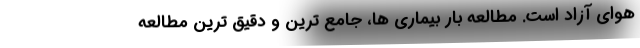
هوای آزاد است. مطالعه بار بیماری ها، جامع ترین و دقیق ترین مطالعه